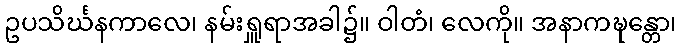
ဥပသိင်္ဃနကာလေ၊ နမ်းရှူရာအခါ၌။ ဝါတံ၊ လေကို။ အနာကဍ္ဎန္တော၊